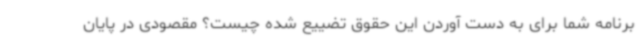
برنامه شما برای به دست آوردن این حقوق تضییع شده چیست؟ مقصودی در پایان